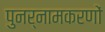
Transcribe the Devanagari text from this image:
पुनर्नामकरणों